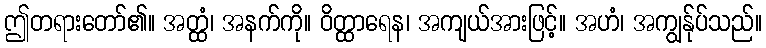
ဤတရားတော်၏။ အတ္ထံ၊ အနက်ကို။ ဝိတ္ထာရေန၊ အကျယ်အားဖြင့်။ အဟံ၊ အကျွန်ုပ်သည်။